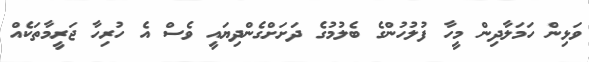
ވަޅިން ހަމަލާދިން މީހާ ފުލުހުންގެ ބެލުމުގެ ދަށަށްގެންދިޔައީ ވެސް އެ ހުރިހާ ޖަރީމާތަކެއް